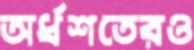
অর্ধশতেরও